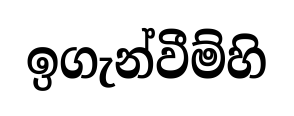
ඉගැන්වීම්හි